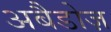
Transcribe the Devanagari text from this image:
अबैडोज़